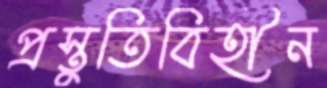
প্রস্তুতিবিহীন